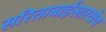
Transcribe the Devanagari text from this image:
सरिताबाईंसारखेच